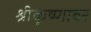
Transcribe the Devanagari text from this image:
श्रीकृष्णावर